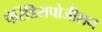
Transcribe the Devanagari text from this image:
पेरिडिसपोजीशन